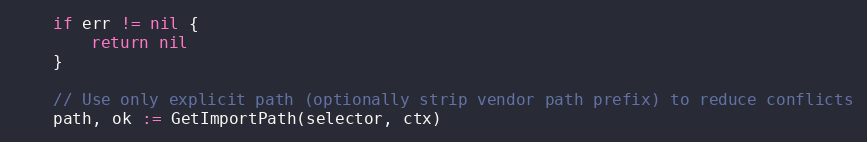
Language: Go
	if err != nil {
		return nil
	}

	// Use only explicit path (optionally strip vendor path prefix) to reduce conflicts
	path, ok := GetImportPath(selector, ctx)